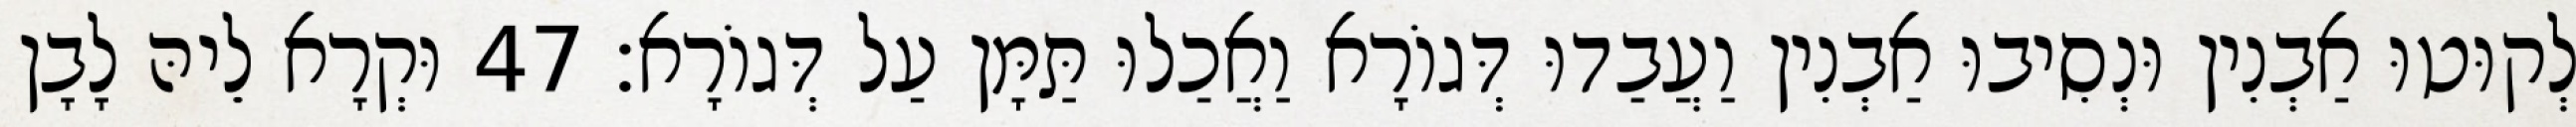
לְקוּטוּ אַבְנִין וּנְסִיבוּ אַבְנִין וַעֲבַדוּ דְּגוֹרָא וַאֲכַלוּ תַּמָּן עַל דְּגוֹרָא׃ 47 וּקְרָא לֵיהּ לָבָן